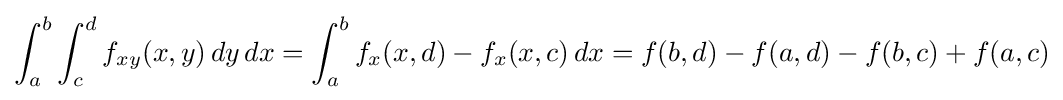
\int _{a}^{b}\int _{c}^{d}f_{xy}(x,y)\,dy\,dx=\int _{a}^{b}f_{x}(x,d)-f_{x}(x,c)\,dx=f(b,d)-f(a,d)-f(b,c)+f(a,c)